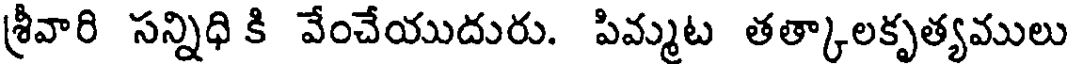
శ్రీవారి సన్నిధి కి వేంచేయుదురు. పిమ్మట తత్కాలకృత్యములు